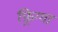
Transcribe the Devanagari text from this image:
फ़्रिग्गा